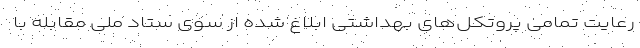
رعایت تمامی پروتکل‌های بهداشتی ابلاغ شده از سوی ستاد ملی مقابله با